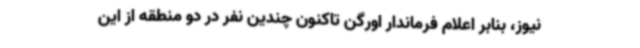
نیوز، بنابر اعلام فرماندار اورگن تاکنون چندین نفر در دو منطقه از این